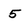
Character: 5